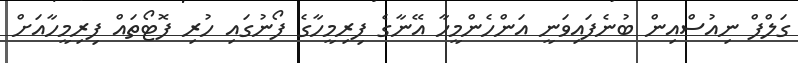
ގަލްފް ނިއުސްއިން ބުނެފައިވަނީ އަންހެންމީހާ އޭނާގެ ފިރިމީހާގެ ފޯނުގައި ހުރި ފޮޓޯތައް ފިރިމީހާއަށް